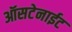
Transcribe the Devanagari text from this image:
ऑसटेनाईट